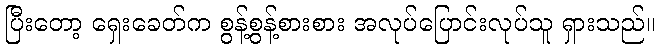
ပြီးတော့ ရှေးခေတ်က စွန့်စွန့်စားစား အလုပ်ပြောင်းလုပ်သူ ရှားသည်။